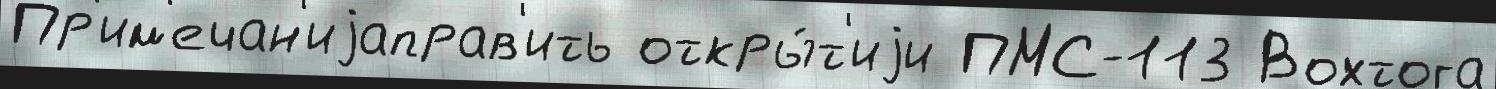
Пр'им'ечан'иjаправ'ить откры́т'иjи ПМС-113 Вохтога